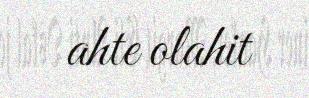
ahte olahit